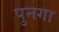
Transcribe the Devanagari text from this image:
पुनगा